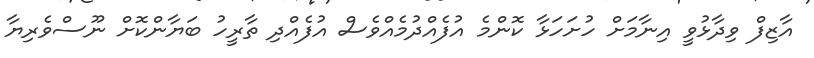
އާޒިފް ވިދާޅުވީ އިނާމަށް ހުށަހަޅާ ކޮންމެ އުފެއްދުމެއްވެސް އުފެއްދި ތާރީހު ބަޔާންކޮށް ނޫސްވެރިޔާ